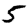
Digit: 5